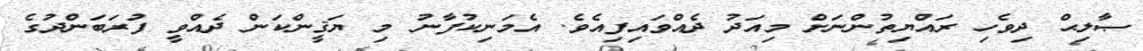
ޞާލިޙް ދިވެހި ރައްޔިތުންނަށް މިއަދު ދެއްވައިފިއެވެ. އެމަނިކުފާނު މި ޔަޤީންކަން ދެއްވީ ފުރަބަންދުގެ